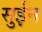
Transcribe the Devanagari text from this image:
सुईन